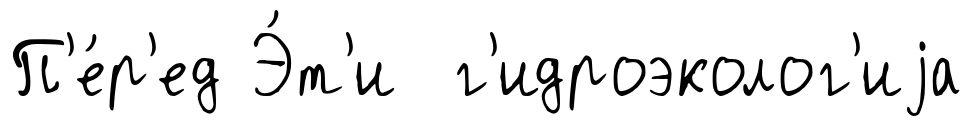
П'е́р'ед Э́т'и г'идроэколог'иjа